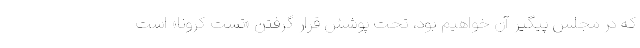
که در مجلس پیگیر آن خواهیم بود، تحت پوشش قرار گرفتن «تست کرونا» است